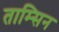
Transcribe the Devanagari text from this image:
ताम्सिन